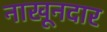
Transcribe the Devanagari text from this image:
नाखूनदार